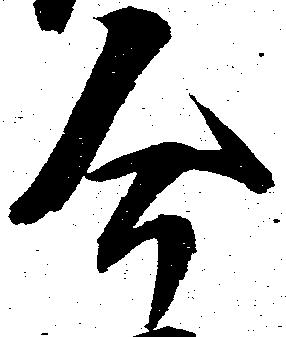
今